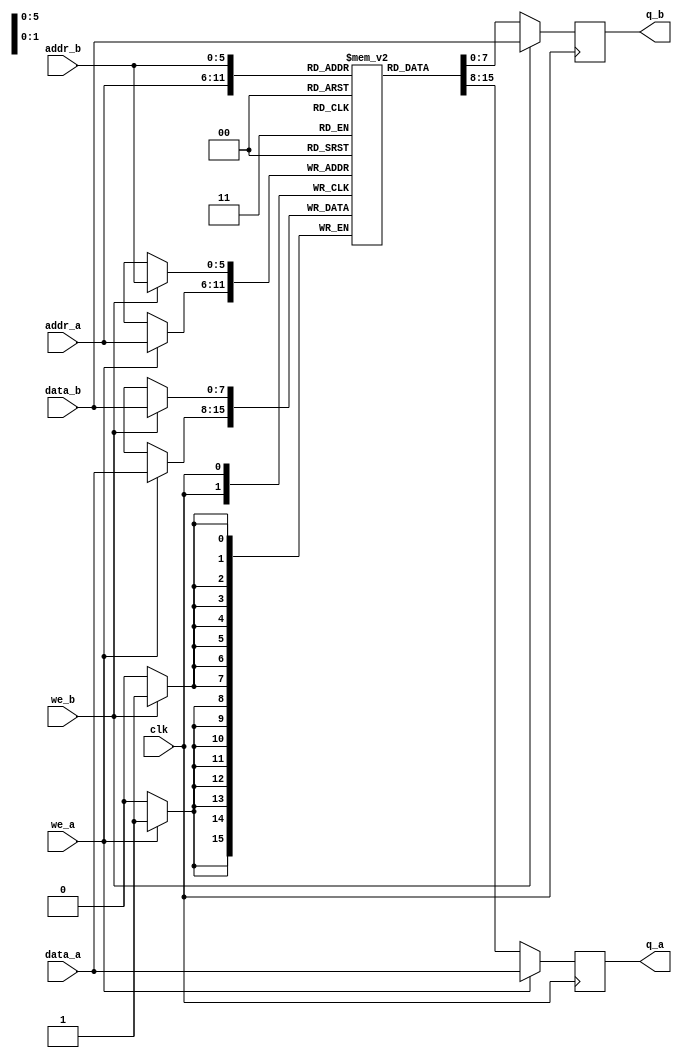
module sram_sync_dualport
  (
   input clk,

   input we_a,
   input [(ADDR_WIDTH-1):0] addr_a,
   input [(DATA_WIDTH-1):0] data_a,
   output reg [(DATA_WIDTH-1):0] q_a,

   input we_b,
   input [(ADDR_WIDTH-1):0] addr_b,
   input [(DATA_WIDTH-1):0] data_b,
   output reg [(DATA_WIDTH-1):0] q_b
   );

   parameter DATA_WIDTH = 8;
   parameter ADDR_WIDTH = 6;

   // Declare the RAM variable
   reg [DATA_WIDTH-1:0] ram[2**ADDR_WIDTH-1:0];

   always @ (posedge clk)
     begin // Port A
        if (we_a)
          begin
             ram[addr_a] <= data_a;
             q_a <= data_a;
          end
        else
          q_a <= ram[addr_a];
     end

   always @ (posedge clk)
     begin // Port b
        if (we_b)
          begin
             ram[addr_b] <= data_b;
             q_b <= data_b;
          end
        else
          q_b <= ram[addr_b];
     end

endmodule